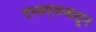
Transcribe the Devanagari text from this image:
दस्तएवजातून